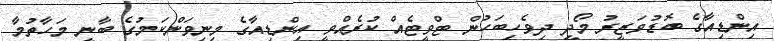
އިންޑިއާގެ ބޮޑުވަޒީރު މޯދީ ދިވެހިބަހުން ޓްވީޓެއް ކުރެއްވީ އިންޑިއާގެ މިނިވަންކަމުގެ ބާނީ މަހާތުމާ